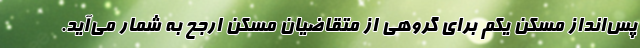
پس‌انداز مسکن یکم برای گروهی از متقاضیان مسکن ارجح به شمار می‌آید.